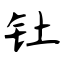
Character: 钍